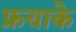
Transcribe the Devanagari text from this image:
फ्रयाके